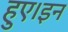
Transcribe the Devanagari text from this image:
हुए।इन